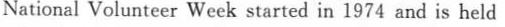
National Volunteer Week started in 1974 and is held